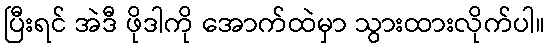
ပြီးရင် အဲဒီ ဖိုဒါကို အောက်ထဲမှာ သွားထားလိုက်ပါ။